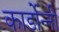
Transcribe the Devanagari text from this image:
कार्डोन्‍नी